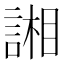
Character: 𮘢